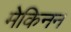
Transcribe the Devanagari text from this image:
मेकिनन